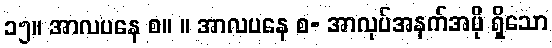
၁၅။ အာလပနေ စ။ ။ အာလပနေ စ- အာလုပ်အနက်အပို ရှိသော